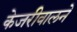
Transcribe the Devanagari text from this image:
केजरीवालने